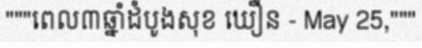
"""ពេល៣ឆ្នាំដំបូងសុខ ឃឿន - May 25,"""